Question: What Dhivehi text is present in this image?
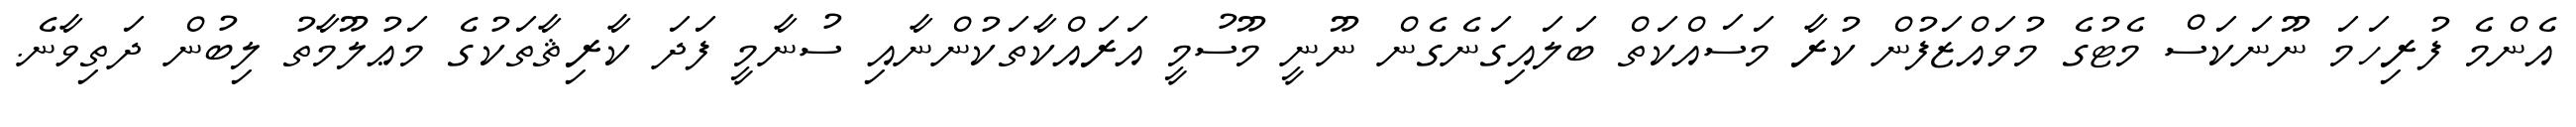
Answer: އެންމެ ފުރިހަމަ ނޫނަކަސް މެޓުގެ މުވައްޒަފުން ކުރާ މަސައްކަތް ބަލައިގަނެގެން ނޫނީ މޫސުމީ އަރައްކާތަކުންނާއި ސުނާމީ ފަދަ ކާރިޘާތަކުގެ މަޢުލޫމާތު ލިބުން ދަތިވާނެ.